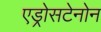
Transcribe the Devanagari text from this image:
एड्रोसटेनोन